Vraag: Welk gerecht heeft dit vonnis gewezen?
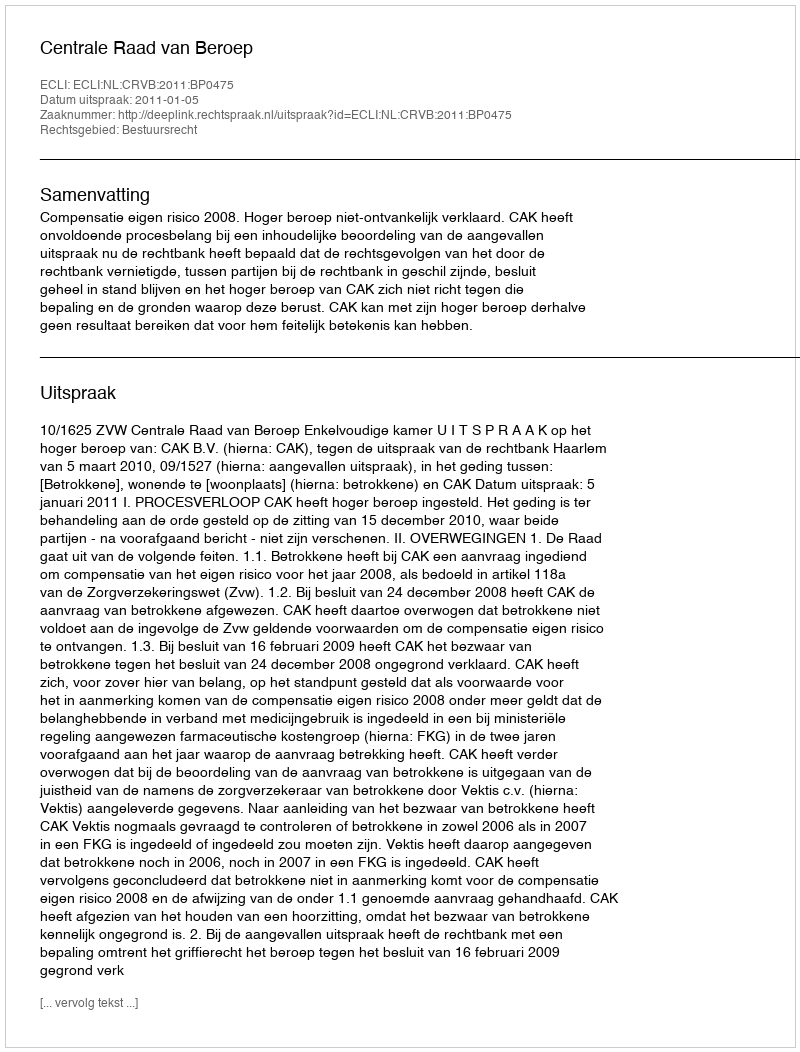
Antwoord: Centrale Raad van Beroep